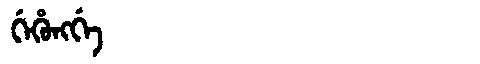
Manchu: ᡤᡝᡥᡠᠩᡤᡝ
Romanization: GEHUNGGE